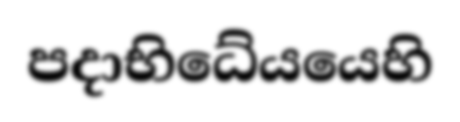
පදාභිධේයයෙහි